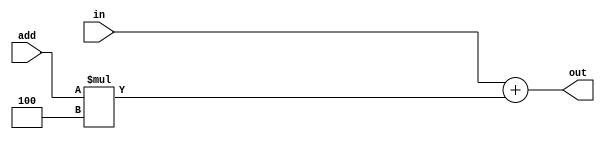
`timescale 1ns / 1ps
//////////////////////////////////////////////////////////////////////////////////
// Company: 
// Engineer: 
// 
// Design Name: 
// Module Name: PCImmediate
// Project Name: 
// Target Devices: 
// Tool Versions: 
// Description: 
// 
// Dependencies: 
// 
// Revision:
// Revision 0.01 - File Created
// Additional Comments:
// 
//////////////////////////////////////////////////////////////////////////////////


module PCImmediate(
    input [31:0] in,
    input [31:0] add,
    output [31:0] out
    );
    // << 2
    assign out = in + (add * 4);
endmodule